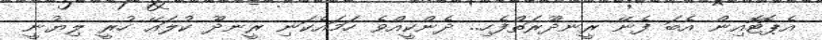
އެޕޮޓޮއިން އެބަ ފެނޭ ރީނދޫރަތްފެހި.. ދެންކީއްވެ ހަމައެކަނި ރީނދޫ ކުލައޭ ހުރީ ލިޔުނީ